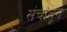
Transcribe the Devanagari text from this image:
संचांतून